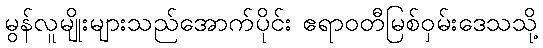
မွန်လူမျိုးများသည်အောက်ပိုင်း ဧရာဝတီမြစ်ဝှမ်းဒေသသို့